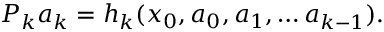
P _ { k } a _ { k } = h _ { k } ( x _ { 0 } , a _ { 0 } , a _ { 1 } , \dots a _ { k - 1 } ) .